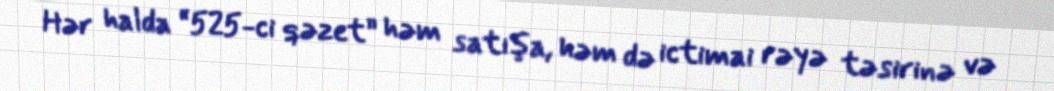
Hər halda “525-ci qəzet” həm satışa, həm də ictimai rəyə təsirinə və